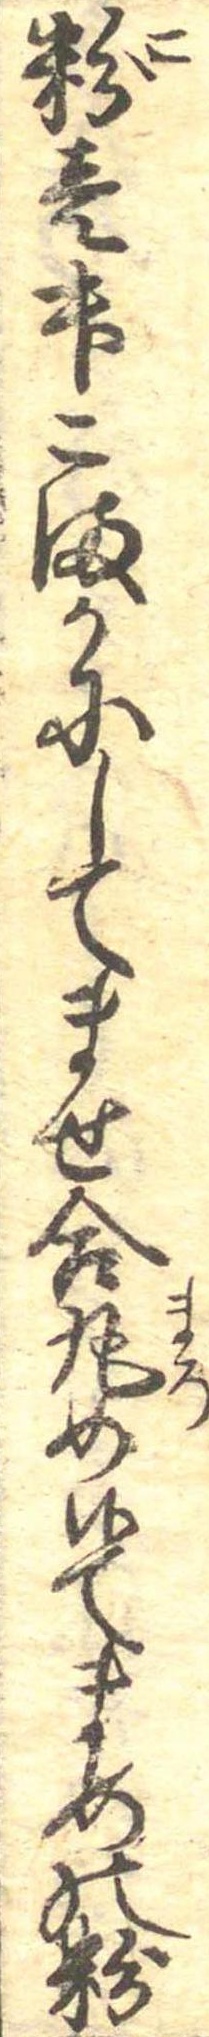
粉壱升こまかにしてませ合丸め候てまめの粉